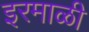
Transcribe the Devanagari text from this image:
इरमाळी